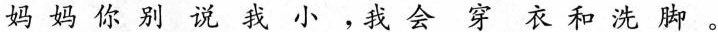
妈妈你别说我小，我会穿衣和洗脚。